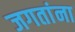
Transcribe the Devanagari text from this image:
जगतांना